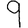
Digit: 9